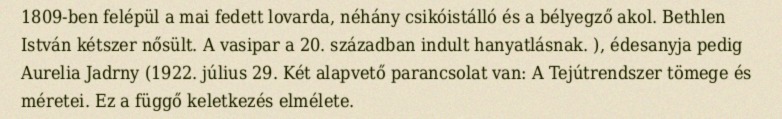
1809-ben felépül a mai fedett lovarda, néhány csikóistálló és a bélyegző akol. Bethlen István kétszer nősült. A vasipar a 20. században indult hanyatlásnak. ), édesanyja pedig Aurelia Jadrny (1922. július 29. Két alapvető parancsolat van: A Tejútrendszer tömege és méretei. Ez a függő keletkezés elmélete.